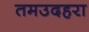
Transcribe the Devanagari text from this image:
तमउदहरा